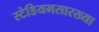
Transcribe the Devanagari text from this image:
स्टेडियमसारख्या